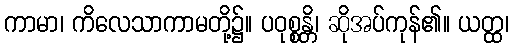
ကာမာ၊ ကိလေသာကာမတို့၌။ ပဝုစ္စန္တိ၊ ဆိုအပ်ကုန်၏။ ယတ္ထ၊